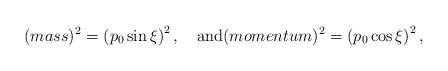
LaTeX: \begin{align*} (mass)^2 = \left(p_{0}\sin\xi\right)^2 , \quad\mbox{and} (momentum)^2 = \left(p_{0}\cos\xi\right)^2 ,\end{align*}